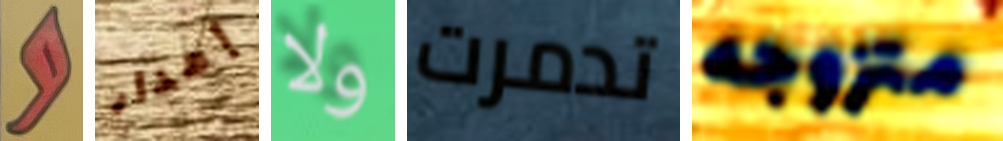
و إهدار ولا تدمرت متزوجه